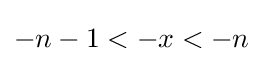
-n-1<-x<-n